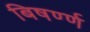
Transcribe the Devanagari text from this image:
बिषर्ण्ण